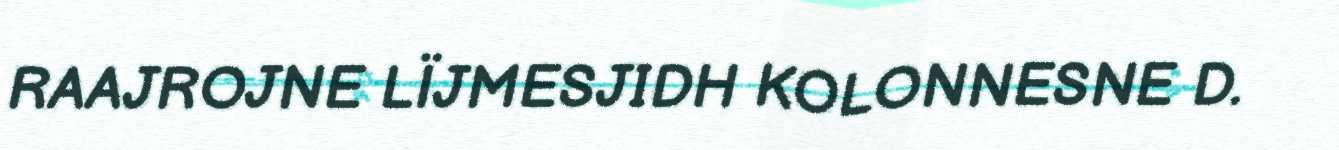
RAAJROJNE LÏJMESJIDH KOLONNESNE D.